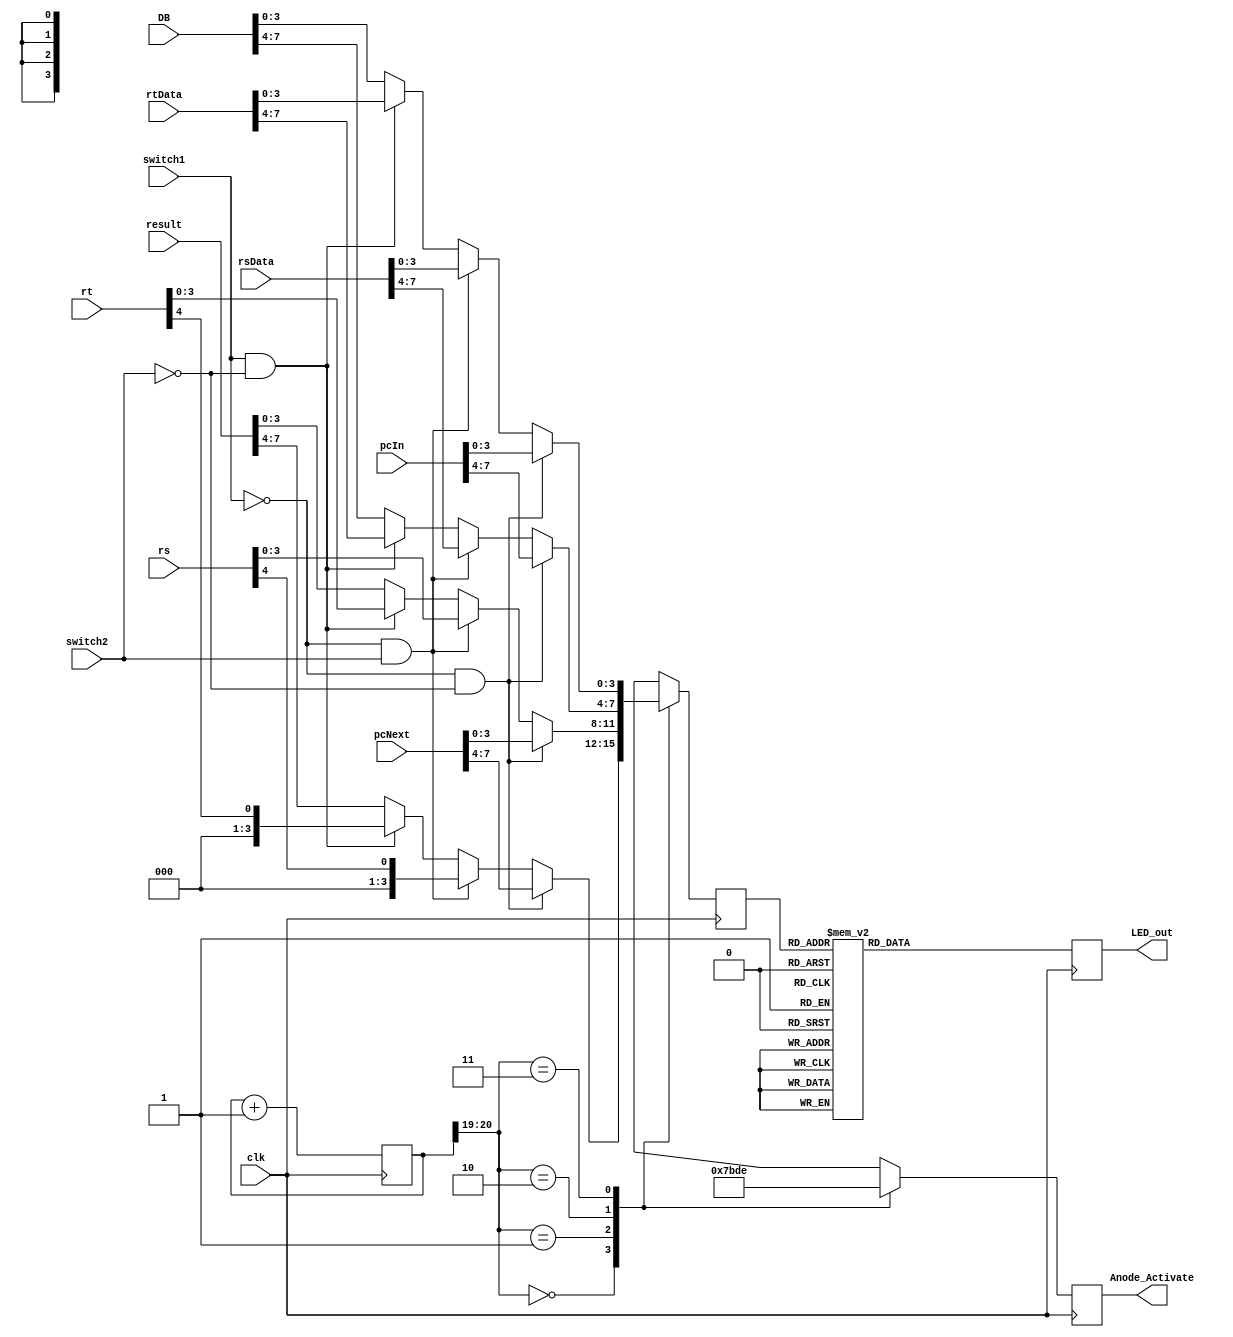
`timescale 1ns / 1ps
//////////////////////////////////////////////////////////////////////////////////
// Company: 
// Engineer: 
// 
// Design Name: 
// Module Name: Display
// Project Name: 
// Target Devices: 
// Tool Versions: 
// Description: 
// 
// Dependencies: 
// 
// Revision:
// Revision 0.01 - File Created
// Additional Comments:
// 
//////////////////////////////////////////////////////////////////////////////////


module Display(
    input clk,
    input switch1,
    input switch2,
    input [31:0]pcNext,
    input [31:0]pcIn,
    input [4:0]rs,
    input [31:0]rsData,
    input [4:0]rt,
    input [31:0]rtData,
    input [31:0]result,
    input [31:0]DB,
    output reg [3:0]Anode_Activate,
    output reg [6:0]LED_out
    );
    reg [25:0] div_counter = 0;
    reg [3:0] LED_BCD;
    always @(posedge clk) begin
        div_counter <= div_counter + 1; 
    end 
    
    always@(posedge clk)
    begin
        case(div_counter[20:19])
        2'b00:
            begin
                Anode_Activate=4'b0111;
                if(switch1==0 && switch2==0)
                    LED_BCD=pcNext[7:4];
                else if(switch1==0 && switch2==1)
                    LED_BCD={3'b000,rs[4:4]};
                else if(switch1==1 && switch2==0)
                    LED_BCD={3'b000,rt[4:4]};
                else 
                    LED_BCD=result[7:4];
            end
        2'b01:
            begin
                Anode_Activate=4'b1011;
                if(switch1==0 && switch2==0)
                    LED_BCD=pcNext[3:0];
                else if(switch1==0 && switch2==1)
                    LED_BCD=rs[3:0];
                else if(switch1==1 && switch2==0)
                    LED_BCD=rt[3:0];
                else
                    LED_BCD=result[3:0];
            end
        2'b10:
            begin
                Anode_Activate=4'b1101;
                if(switch1==0 && switch2==0)
                    LED_BCD=pcIn[7:4];
                else if(switch1==0 && switch2==1)
                    LED_BCD=rsData[7:4];
                else if(switch1==1 && switch2==0)
                    LED_BCD=rtData[7:4];
                else
                    LED_BCD=DB[7:4];
            end
        2'b11:
            begin
                Anode_Activate=4'b1110;
                if(switch1==0 && switch2==0)
                    LED_BCD=pcIn[3:0];
                else if(switch1==0 && switch2==1)
                    LED_BCD=rsData[3:0];
                else if(switch1==1 && switch2==0)
                    LED_BCD=rtData[3:0];
                else
                    LED_BCD=DB[3:0];
            end
        endcase
    end
    always@(posedge clk)
    begin
        case(LED_BCD)
            4'b0000: LED_out=7'b0000001;
            4'b0001: LED_out=7'b1001111;
            4'b0010: LED_out=7'b0010010;
            4'b0011: LED_out=7'b0000110;
            4'b0100: LED_out=7'b1001100;
            4'b0101: LED_out=7'b0100100;
            4'b0110: LED_out=7'b0100000;
            4'b0111: LED_out=7'b0001111;
            4'b1000: LED_out=7'b0000000;
            4'b1001: LED_out=7'b0000100;
            4'b1010: LED_out=7'b0001000;
            4'b1011: LED_out=7'b1100000;
            4'b1100: LED_out=7'b0110001;
            4'b1101: LED_out=7'b1000010;
            4'b1110: LED_out=7'b0110000;
            4'b1111: LED_out=7'b0111000;
            default: LED_out=7'b1111111;
        endcase
    end
endmodule